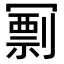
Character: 𠖟